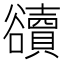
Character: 豄